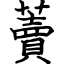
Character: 藚